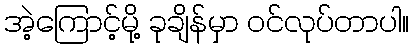
အဲ့ကြောင့်မို့ ခုချိန်မှာ ဝင်လုပ်တာပါ။